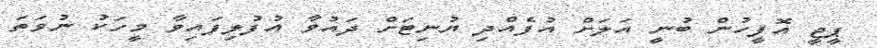
ޕީޖީ އޮފީހުން ބުނީ އަލަށް އުފެއްދި ޔުނިޓަށް ދައުވާ އުފުލިފައިވާ މީހަކު ނުވަތަ